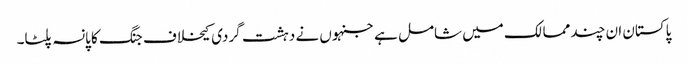
پاکستان ان چند ممالک میں شامل ہے جنہوں نے دہشت گردی کیخلاف جنگ کا پانسہ پلٹا۔